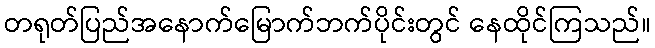
တရုတ်ပြည်အနောက်မြောက်ဘက်ပိုင်းတွင် နေထိုင်ကြသည်။